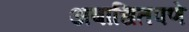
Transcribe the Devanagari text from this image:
अबाधितपणे